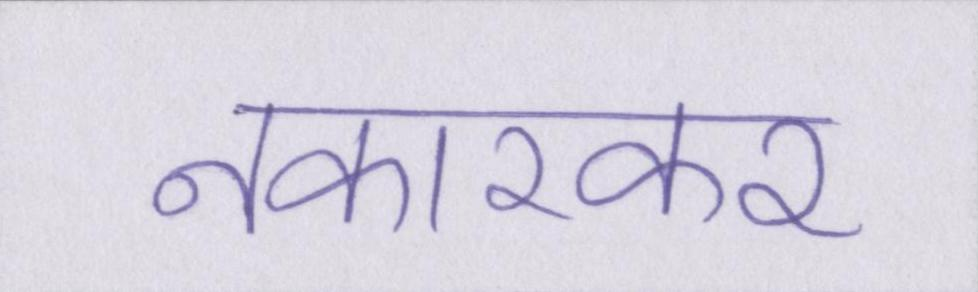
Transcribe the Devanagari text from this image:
नकारकर